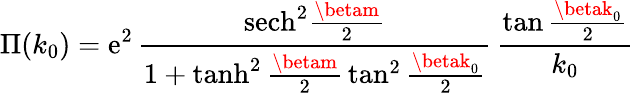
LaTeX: \Pi(k_{0})=\mathrm{e}^{2}\, {\frac{{\mathrm{{s\mathrm{e}ch}}^{2}{\frac{{\betam}}{{2}}}}}{{1+\operatorname{tanh}^{2}{\frac{{\betam}}{{2}}}\tan^{2}{\frac{{\betak_{0}}}{{2}}}}}}\, {\frac{{\tan{\frac{{\betak_{0}}}{{2}}}}}{{k_{0}}}}